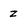
Character: Z